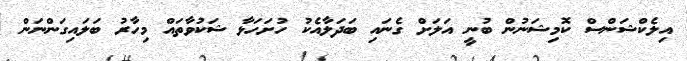
އިލެކްޝަންސް ކޮމިޝަނުން ބުނީ އަލަށް ގެނައި ބަދަލާއެކު ހުށަހަޅާ ޝަކުވާތައް މިހާރު ބަލައިގަންނަން